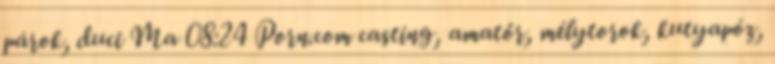
párok, duci Ma 08:24 Porn.com casting, amatőr, mélytorok, kutyapóz,